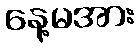
နေ့မအား